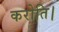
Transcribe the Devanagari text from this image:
करोति।